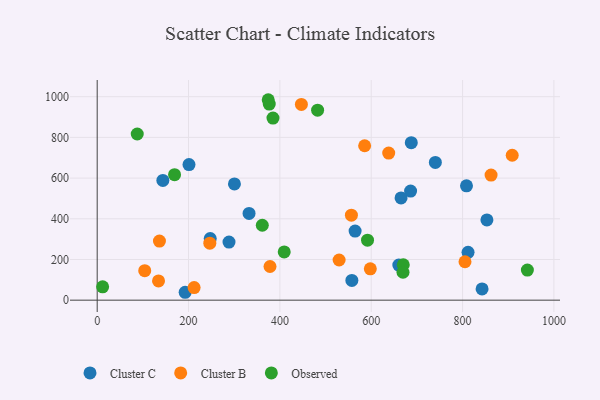
{"axis": {"x": "Distance", "y": "Sales"}, "legend": ["Cluster B", "Cluster C", "Observed"], "data": [{"x": "288.6", "y": 285.4, "type": "Cluster C"}, {"x": "686.2", "y": 536.2, "type": "Cluster C"}, {"x": "192.6", "y": 38.8, "type": "Cluster C"}, {"x": "201.0", "y": 666.4, "type": "Cluster C"}, {"x": "812.0", "y": 235.1, "type": "Cluster C"}, {"x": "143.8", "y": 588.6, "type": "Cluster C"}, {"x": "808.6", "y": 562.2, "type": "Cluster C"}, {"x": "687.7", "y": 774.0, "type": "Cluster C"}, {"x": "247.5", "y": 303.1, "type": "Cluster C"}, {"x": "665.3", "y": 502.7, "type": "Cluster C"}, {"x": "740.4", "y": 677.1, "type": "Cluster C"}, {"x": "842.7", "y": 55.3, "type": "Cluster C"}, {"x": "557.6", "y": 96.8, "type": "Cluster C"}, {"x": "853.3", "y": 394.3, "type": "Cluster C"}, {"x": "564.7", "y": 339.5, "type": "Cluster C"}, {"x": "332.5", "y": 426.3, "type": "Cluster C"}, {"x": "300.5", "y": 571.4, "type": "Cluster C"}, {"x": "660.4", "y": 172.5, "type": "Cluster C"}, {"x": "136.3", "y": 290.6, "type": "Cluster B"}, {"x": "212.2", "y": 61.8, "type": "Cluster B"}, {"x": "805.3", "y": 188.8, "type": "Cluster B"}, {"x": "529.7", "y": 197.5, "type": "Cluster B"}, {"x": "598.0", "y": 154.2, "type": "Cluster B"}, {"x": "104.1", "y": 144.9, "type": "Cluster B"}, {"x": "638.3", "y": 722.8, "type": "Cluster B"}, {"x": "556.6", "y": 417.9, "type": "Cluster B"}, {"x": "134.3", "y": 94.4, "type": "Cluster B"}, {"x": "246.6", "y": 279.9, "type": "Cluster B"}, {"x": "378.4", "y": 165.4, "type": "Cluster B"}, {"x": "585.6", "y": 758.8, "type": "Cluster B"}, {"x": "862.4", "y": 614.7, "type": "Cluster B"}, {"x": "447.1", "y": 962.2, "type": "Cluster B"}, {"x": "908.7", "y": 712.2, "type": "Cluster B"}, {"x": "361.5", "y": 368.1, "type": "Observed"}, {"x": "384.9", "y": 894.8, "type": "Observed"}, {"x": "482.6", "y": 933.6, "type": "Observed"}, {"x": "11.9", "y": 65.5, "type": "Observed"}, {"x": "376.7", "y": 963.6, "type": "Observed"}, {"x": "409.5", "y": 237.1, "type": "Observed"}, {"x": "87.7", "y": 816.7, "type": "Observed"}, {"x": "670.2", "y": 174.1, "type": "Observed"}, {"x": "669.6", "y": 137.3, "type": "Observed"}, {"x": "941.9", "y": 147.9, "type": "Observed"}, {"x": "374.5", "y": 985.1, "type": "Observed"}, {"x": "169.4", "y": 616.8, "type": "Observed"}, {"x": "591.9", "y": 295.0, "type": "Observed"}]}